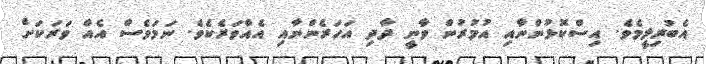
އެބުރިލީމެވެ. އިސްކޮޅުންނާއި އުމުރުން ވާނީ ދާދި އަހަރެންނާއި އެއްވަރެކެވެ. ނަމަވެސް އެއް ވަރަކަށް